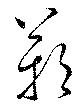
鄞